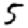
Digit: 5